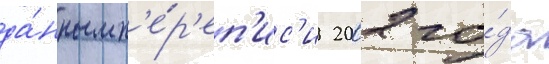
да́нным п'е́р'еп'ис'и 2002 го́да